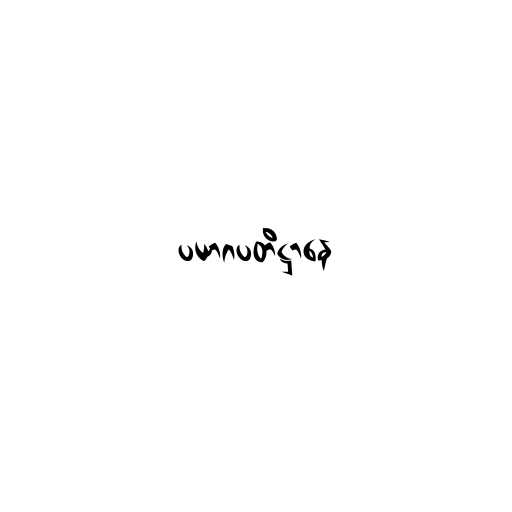
ပယာဂပတိဋ္ဌာနေ